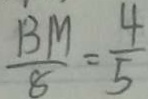
\frac { B M } { 8 } = \frac { 4 } { 5 }